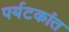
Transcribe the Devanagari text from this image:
पर्यटकांत